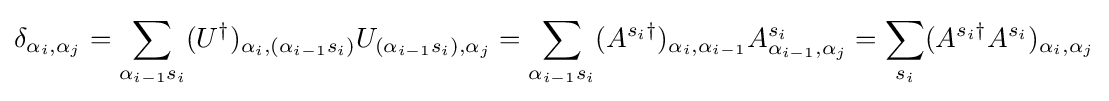
\delta _{\alpha _{i},\alpha _{j}}=\sum _{\alpha _{i-1}s_{i}}(U^{\dagger })_{\alpha _{i},(\alpha _{i-1}s_{i})}U_{(\alpha _{i-1}s_{i}),\alpha _{j}}=\sum _{\alpha _{i-1}s_{i}}(A^{s_{i}\dagger })_{\alpha _{i},\alpha _{i-1}}A_{\alpha _{i-1},\alpha _{j}}^{s_{i}}=\sum _{s_{i}}(A^{s_{i}\dagger }A^{s_{i}})_{\alpha _{i},\alpha _{j}}